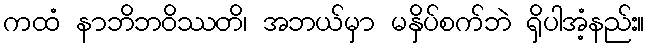
ကထံ နာဘိဘဝိဿတိ၊ အဘယ်မှာ မနှိပ်စက်ဘဲ ရှိပါအံ့နည်း။